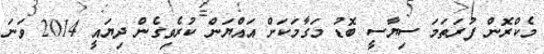
މެކްރޮން ފުރަތަމަ ސިޔާސީ ބޮޑު މަގާމަކަށް އައްޔަން ކުރެވިގެން ދިޔައީ 2014 ވަނަ